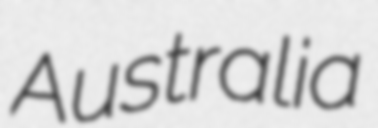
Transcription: Australia